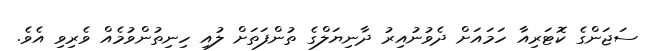
ސަޖަންގެ ކޮޓަރިއާ ހަމައަށް ދެވުނުއިރު ދާނިޔަލްގެ ތުންފަތަށް ލުއި ހިނިތުންވުމެއް ވެރިވި އެވެ.